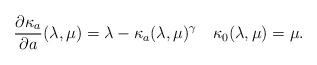
LaTeX: \begin{align*} \frac{\partial\kappa_a}{\partial a}(\lambda,\mu) = \lambda - \kappa_a(\lambda,\mu)^\gamma\quad\kappa_0(\lambda,\mu) = \mu.\end{align*}